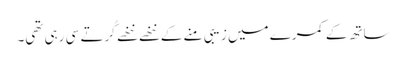
ساتھ کے کمرے میں زیبی منے کے ننھے ننھے کُرتے سی رہی تھی۔